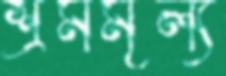
শ্রমমূল্য